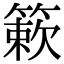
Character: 簌